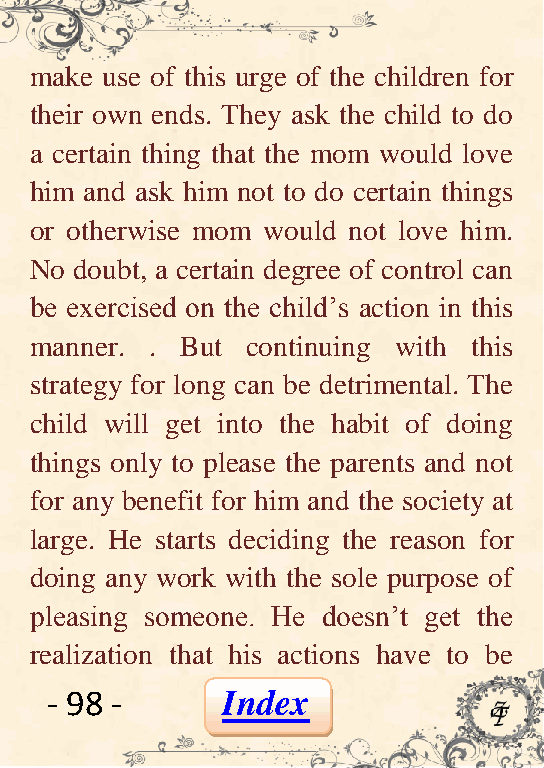
make use of this urge of the children for
 their own ends. They ask the child to do
 a certain thing that the mom would love
 him and ask him not to do certain things
 or otherwise mom would not love him.
 No doubt, a certain degree of control can
 be exercised on the child’s action in this
 manner. . But continuing with this
 strategy for long can be detrimental. The
 child will get into the habit of doing
 things only to please the parents and not
 for any benefit for him and the society at
 large. He starts deciding the reason for
 doing any work with the sole purpose of
 pleasing someone. He doesn’t get the
 realization that his actions have to be
 - 98 -      Index